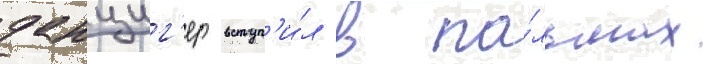
данциг'ер вступ'и́л в па́льмах